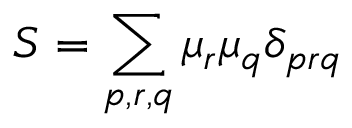
S = \sum _ { p , r , q } \mu _ { r } \mu _ { q } \delta _ { p r q }